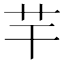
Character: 芉